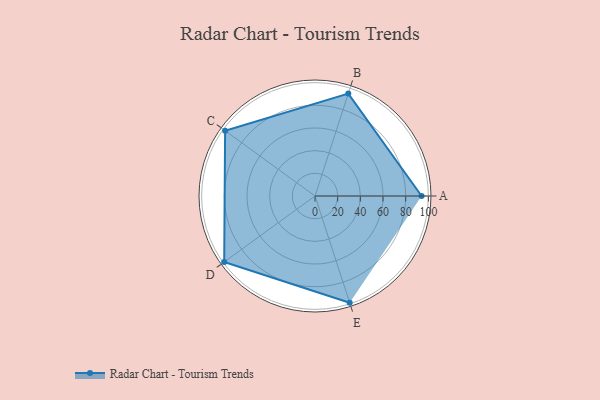
{"axis": {"x": "Skill", "y": "Score"}, "legend": ["Profile"], "data": [{"x": "A", "y": 94.0, "type": "Profile"}, {"x": "B", "y": 95.0, "type": "Profile"}, {"x": "C", "y": 98.0, "type": "Profile"}, {"x": "D", "y": 99.0, "type": "Profile"}, {"x": "E", "y": 99, "type": "Profile"}]}